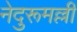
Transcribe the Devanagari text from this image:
नेदुरूमल्ली